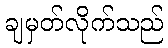
ချမှတ်လိုက်သည်